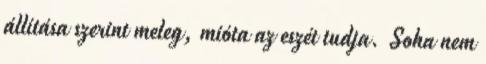
állítása szerint meleg, mióta az eszét tudja. Soha nem